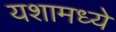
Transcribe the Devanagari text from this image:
यशामध्ये